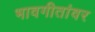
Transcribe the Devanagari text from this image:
भावगीतांवर